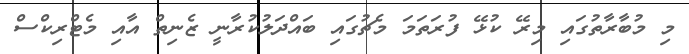
މި މުބާރާތުގައި މިރޭ ކުޅޭ ފުރަތަމަ މެޗުގައި ބައްދަލުކުރާނީ ޒެނިތް އާއި މެޓްރިކްސް